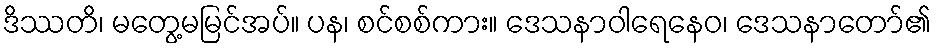
ဒိဿတိ၊ မတွေ့မမြင်အပ်။ ပန၊ စင်စစ်ကား။ ဒေသနာဝါရေနေဝ၊ ဒေသနာတော်၏